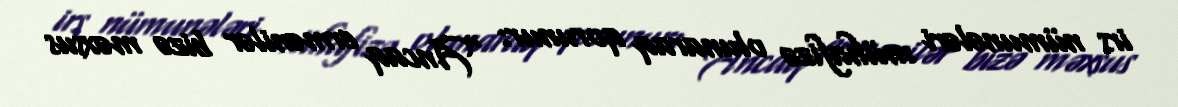
irs nümunələri mühafizə olunaraq qorunur: “Ancaq ermənilər bizə məxsus